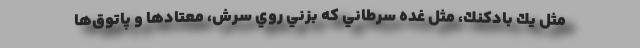
مثل يك بادكنك، مثل غده سرطاني كه بزني روي سرش، معتادها و پاتوق‌ها